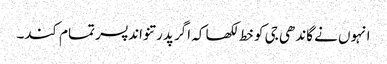
انہوں نے گاندھی جی کو خط لکھا کہ اگر پدرتنواند پسر تمام کند۔